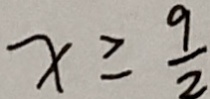
x \geq \frac { 9 } { 2 }